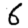
Digit: 6